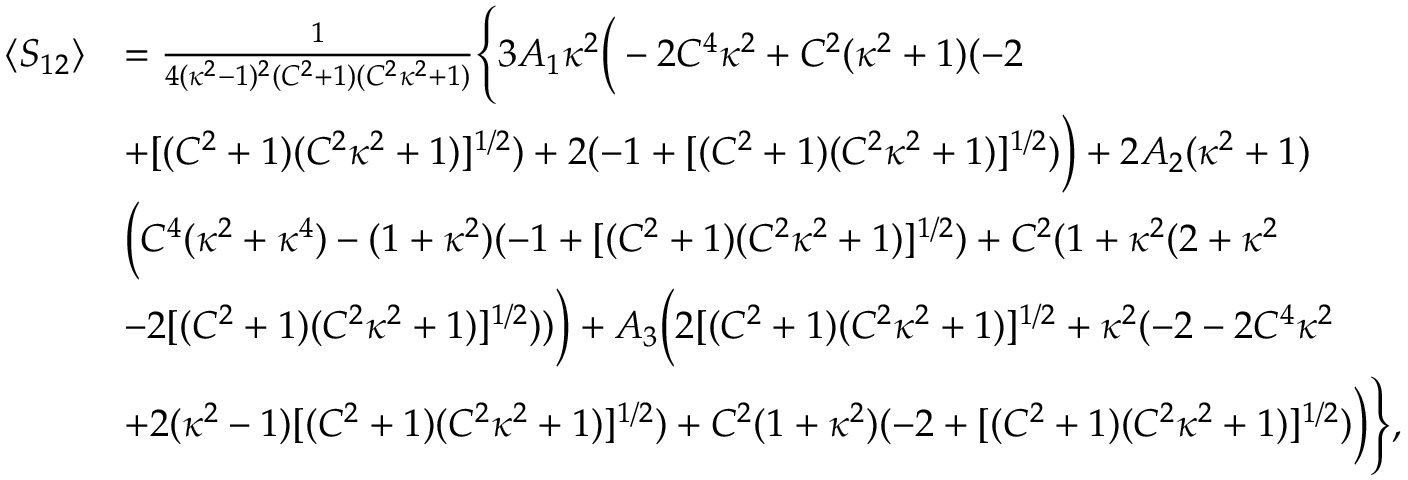
\begin{array} { r l } { \langle S _ { 1 2 } \rangle } & { = \frac { 1 } { 4 ( \kappa ^ { 2 } - 1 ) ^ { 2 } ( C ^ { 2 } + 1 ) ( C ^ { 2 } \kappa ^ { 2 } + 1 ) } \Bigg \{ 3 A _ { 1 } \kappa ^ { 2 } \bigg ( - 2 C ^ { 4 } \kappa ^ { 2 } + C ^ { 2 } ( \kappa ^ { 2 } + 1 ) ( - 2 } \\ & { + [ ( C ^ { 2 } + 1 ) ( C ^ { 2 } \kappa ^ { 2 } + 1 ) ] ^ { 1 / 2 } ) + 2 ( - 1 + [ ( C ^ { 2 } + 1 ) ( C ^ { 2 } \kappa ^ { 2 } + 1 ) ] ^ { 1 / 2 } ) \bigg ) + 2 A _ { 2 } ( \kappa ^ { 2 } + 1 ) } \\ & { \bigg ( C ^ { 4 } ( \kappa ^ { 2 } + \kappa ^ { 4 } ) - ( 1 + \kappa ^ { 2 } ) ( - 1 + [ ( C ^ { 2 } + 1 ) ( C ^ { 2 } \kappa ^ { 2 } + 1 ) ] ^ { 1 / 2 } ) + C ^ { 2 } ( 1 + \kappa ^ { 2 } ( 2 + \kappa ^ { 2 } } \\ & { - 2 [ ( C ^ { 2 } + 1 ) ( C ^ { 2 } \kappa ^ { 2 } + 1 ) ] ^ { 1 / 2 } ) ) \bigg ) + A _ { 3 } \bigg ( 2 [ ( C ^ { 2 } + 1 ) ( C ^ { 2 } \kappa ^ { 2 } + 1 ) ] ^ { 1 / 2 } + \kappa ^ { 2 } ( - 2 - 2 C ^ { 4 } \kappa ^ { 2 } } \\ & { + 2 ( \kappa ^ { 2 } - 1 ) [ ( C ^ { 2 } + 1 ) ( C ^ { 2 } \kappa ^ { 2 } + 1 ) ] ^ { 1 / 2 } ) + C ^ { 2 } ( 1 + \kappa ^ { 2 } ) ( - 2 + [ ( C ^ { 2 } + 1 ) ( C ^ { 2 } \kappa ^ { 2 } + 1 ) ] ^ { 1 / 2 } ) \bigg ) \Bigg \} , } \end{array}